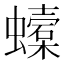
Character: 𧓜